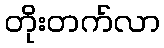
တိုးတက်လာ